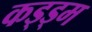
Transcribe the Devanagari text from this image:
कड्ड्म